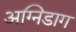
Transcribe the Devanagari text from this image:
अग्निडाग